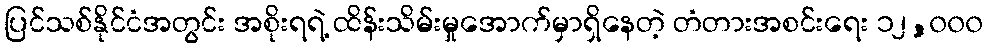
ပြင်သစ်နိုင်ငံအတွင်း အစိုးရရဲ့ ထိန်းသိမ်းမှုအောက်မှာရှိနေတဲ့ တံတားအစင်းရေး ၁၂,၀၀၀